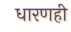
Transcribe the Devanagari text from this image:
धारणही